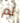
لم